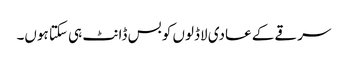
سرقے کے عادی لاڈلوں کو بس ڈانٹ ہی سکتا ہوں۔